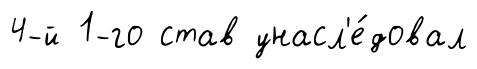
4-й 1-го став унасл'е́довал